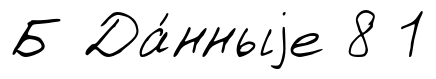
Б Да́нныjе 8 1